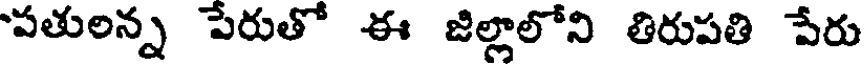
పతులన్న పేరుతో ఈ జిల్లాలోని తిరుపతి పేరు